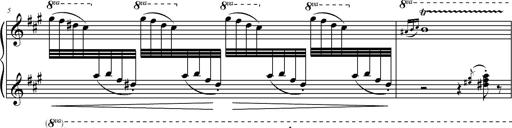
Title: 2 LÃ©gendes
Composer: Franz Liszt